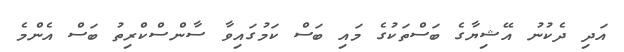
އަދި ދެކުނު އޭޝިޔާގެ ބަސްތަކުގެ މައި ބަސް ކަމުގައިވާ ސާންސްކްރިތު ބަސް އެންމެ